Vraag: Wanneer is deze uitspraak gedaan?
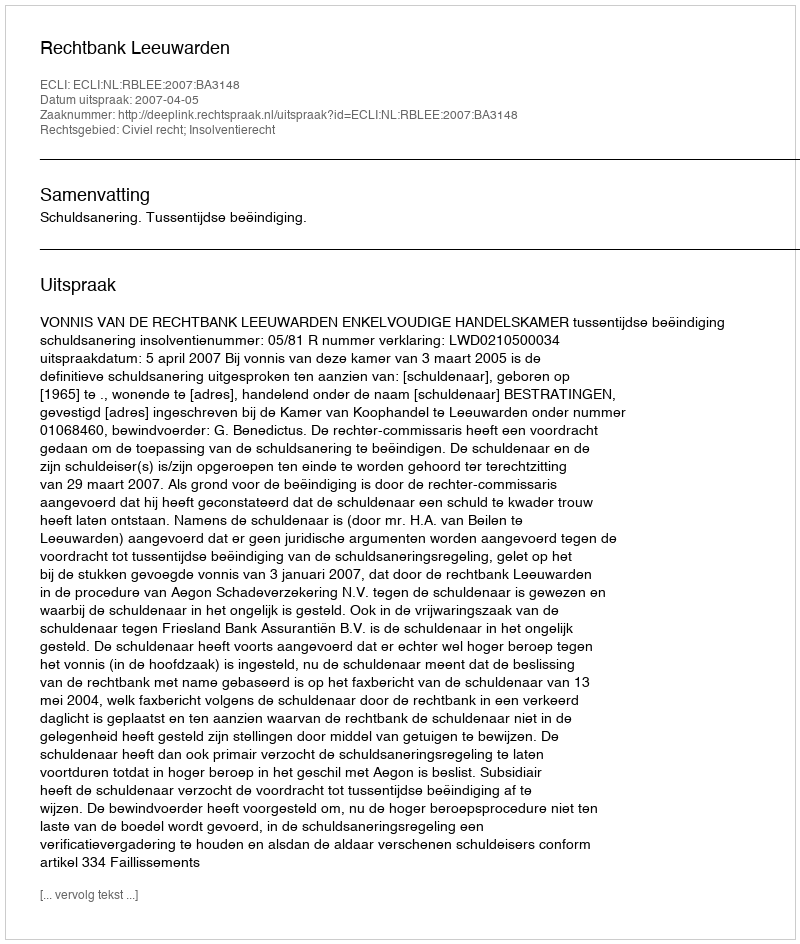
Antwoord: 2007-04-05